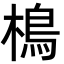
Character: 樢